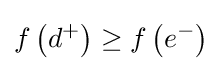
f\left(d^{+}\right)\geq f\left(e^{-}\right)